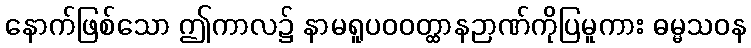
နောက်ဖြစ်သော ဤကာလ၌ နာမရူပဝဝတ္ထာနဉာဏ်ကိုပြမူကား ဓမ္မသဝန